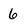
Character: 6